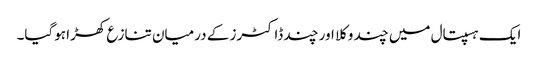
ایک ہسپتال میں چند وکلا اور چند ڈاکٹرز کے درمیان تنازع کھڑا ہوگیا۔